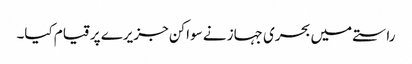
راستے میں بحری جہاز نے سواکن جزیرے پر قیام کیا۔